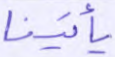
يأتينا